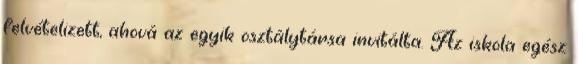
felvételizett, ahová az egyik osztálytársa invitálta. Az iskola egész